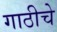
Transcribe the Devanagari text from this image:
गाठीचे